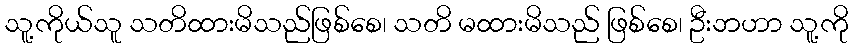
သူ့ကိုယ်သူ သတိထားမိသည်ဖြစ်စေ၊ သတိ မထားမိသည် ဖြစ်စေ၊ ဦးဘဟာ သူ့ကို